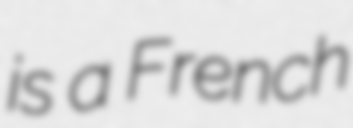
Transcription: is a French